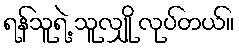
ရန်သူရဲ့ သူလျှို လုပ်တယ်။